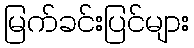
မြက်ခင်းပြင်များ